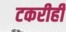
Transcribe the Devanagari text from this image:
टकरीही